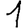
Digit: 1